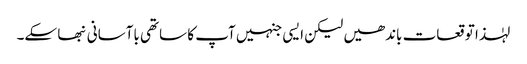
لہٰذا توقعات باندھیں لیکن ایسی جنہیں آپ کا ساتھی باآسانی نبھا سکے۔